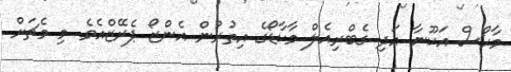
މާކޯސް އަކޫނާ އަދި ގެބްރިއެލް މާކާޑޯގެ އިތުރުން އެންޒޯ ޕެރޭޒްއެވެ. މި މެޗަށް